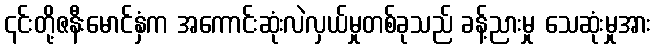
၎င်းတို့ဇနီးမောင်နှံက အကောင်းဆုံးလဲလှယ်မှုတစ်ခုသည် ခန့်ညားမှု သေဆုံးမှုအား